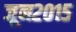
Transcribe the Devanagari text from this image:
जून२०१५